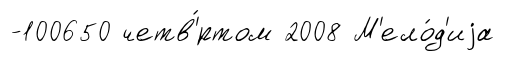
-100650 четв'́ртом 2008 М'ело́д'иjа